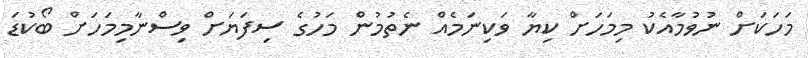
މަހަކަށް ނުވުމާއެކު މިމަހަށް ކިޔާ ވަކިނަމެއް ނެތުމުން މަހުގެ ސިފަޔަށް ވިސްނާމިމަހަށް ބޯކުޑަ